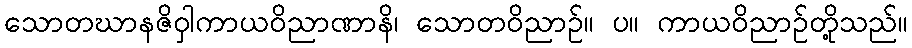
သောတဃာနဇိဝှါကာယဝိညာဏာနိ၊ သောတဝိညာဉ်။ ပ။ ကာယဝိညာဉ်တို့သည်။